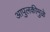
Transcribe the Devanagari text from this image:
आपुलकीमुळे